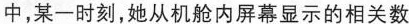
中，某一时刻，她从机舱内屏幕显示的相关数